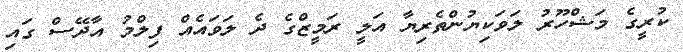
ކުރީގެ މަޝްހޫރު ލަވަކިޔުންތެރިޔާ އަލީ ރަމީޒްގެ ދެ ލަވައެއް ފިލްމު އާދޭސް ގައި